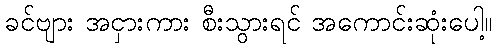
ခင်ဗျား အငှားကား စီးသွားရင် အကောင်းဆုံးပေါ့။